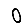
Digit: 0